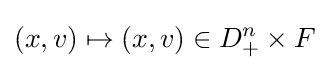
(x,v)\mapsto (x,v)\in D_{+}^{n}\times F